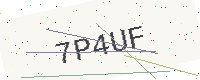
Text: 7P4UF